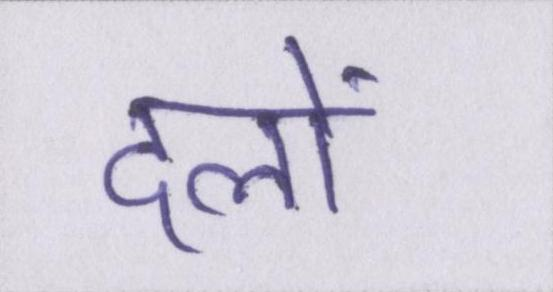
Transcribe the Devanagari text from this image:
दलों